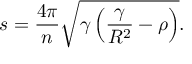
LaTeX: s = \frac { 4 \pi } { n } \sqrt { \gamma \left( \frac { \gamma } { R ^ { 2 } } - \rho \right) } .